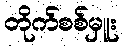
တိုက်စစ်မှူး